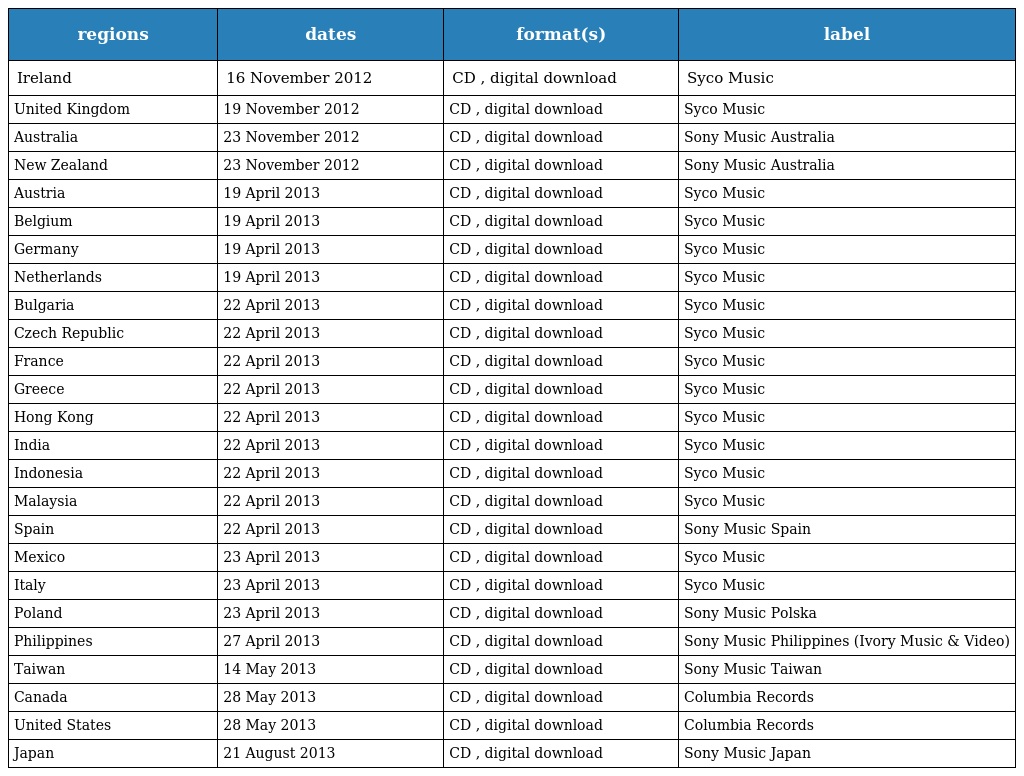
| regions | dates | format(s) | label |
 | --- | --- | --- | --- |
 | Ireland | 16 November 2012 | CD , digital download | Syco Music |
 | United Kingdom | 19 November 2012 | CD , digital download | Syco Music |
 | Australia | 23 November 2012 | CD , digital download | Sony Music Australia |
 | New Zealand | 23 November 2012 | CD , digital download | Sony Music Australia |
 | Austria | 19 April 2013 | CD , digital download | Syco Music |
 | Belgium | 19 April 2013 | CD , digital download | Syco Music |
 | Germany | 19 April 2013 | CD , digital download | Syco Music |
 | Netherlands | 19 April 2013 | CD , digital download | Syco Music |
 | Bulgaria | 22 April 2013 | CD , digital download | Syco Music |
 | Czech Republic | 22 April 2013 | CD , digital download | Syco Music |
 | France | 22 April 2013 | CD , digital download | Syco Music |
 | Greece | 22 April 2013 | CD , digital download | Syco Music |
 | Hong Kong | 22 April 2013 | CD , digital download | Syco Music |
 | India | 22 April 2013 | CD , digital download | Syco Music |
 | Indonesia | 22 April 2013 | CD , digital download | Syco Music |
 | Malaysia | 22 April 2013 | CD , digital download | Syco Music |
 | Spain | 22 April 2013 | CD , digital download | Sony Music Spain |
 | Mexico | 23 April 2013 | CD , digital download | Syco Music |
 | Italy | 23 April 2013 | CD , digital download | Syco Music |
 | Poland | 23 April 2013 | CD , digital download | Sony Music Polska |
 | Philippines | 27 April 2013 | CD , digital download | Sony Music Philippines (Ivory Music & Video) |
 | Taiwan | 14 May 2013 | CD , digital download | Sony Music Taiwan |
 | Canada | 28 May 2013 | CD , digital download | Columbia Records |
 | United States | 28 May 2013 | CD , digital download | Columbia Records |
 | Japan | 21 August 2013 | CD , digital download | Sony Music Japan |